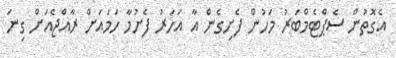
އެގޮތުން ސެޕްޓެމްބަރު މަހުން ފެށިގެން އާ އަހަރު ފެށުމާ ހަމައަށް ރާއްޖެއަށް ގިނަ